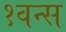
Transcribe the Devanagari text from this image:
१वन्स